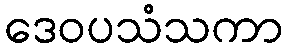
ဒေဝပသံသကာ